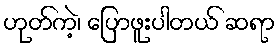
ဟုတ်ကဲ့၊ ပြောဖူးပါတယ် ဆရာ